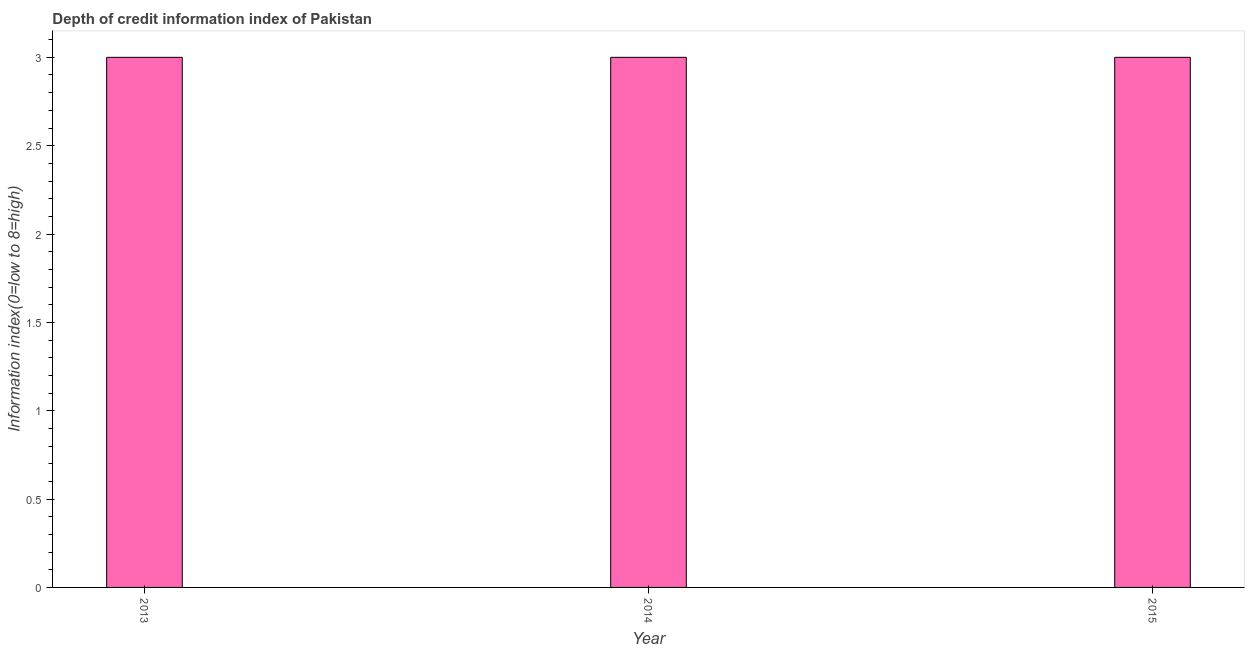
| Year | Depth of credit information index |
 | --- | --- |
 | 2013 | 3 |
 | 2014 | 3 |
 | 2015 | 3 |